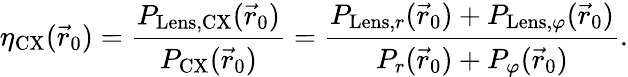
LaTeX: \eta_{\mathrm{CX}}(\vec{r}_{0})=\frac{P_{\mathrm{Lens,CX}}(\vec{r}_{0})}{P_{\mathrm{CX}}(\vec{r}_{0})}=\frac{P_{\mathrm{Lens},r}(\vec{r}_{0})+P_{\mathrm{Lens},\varphi}(\vec{r}_{0})}{P_{r}(\vec{r}_{0})+P_{\varphi}(\vec{r}_{0})}.